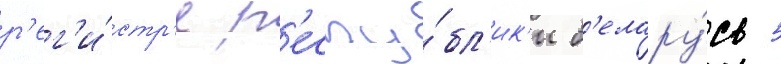
р'ег'и́стр'е р'еспу́бл'ик'и б'елару́сь 5